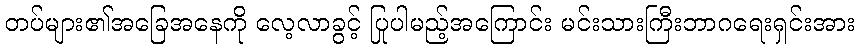
တပ်များ၏အခြေအနေကို လေ့လာခွင့် ပြုပါမည့်အကြောင်း မင်းသားကြီးဘာဂရေးရှင်းအား